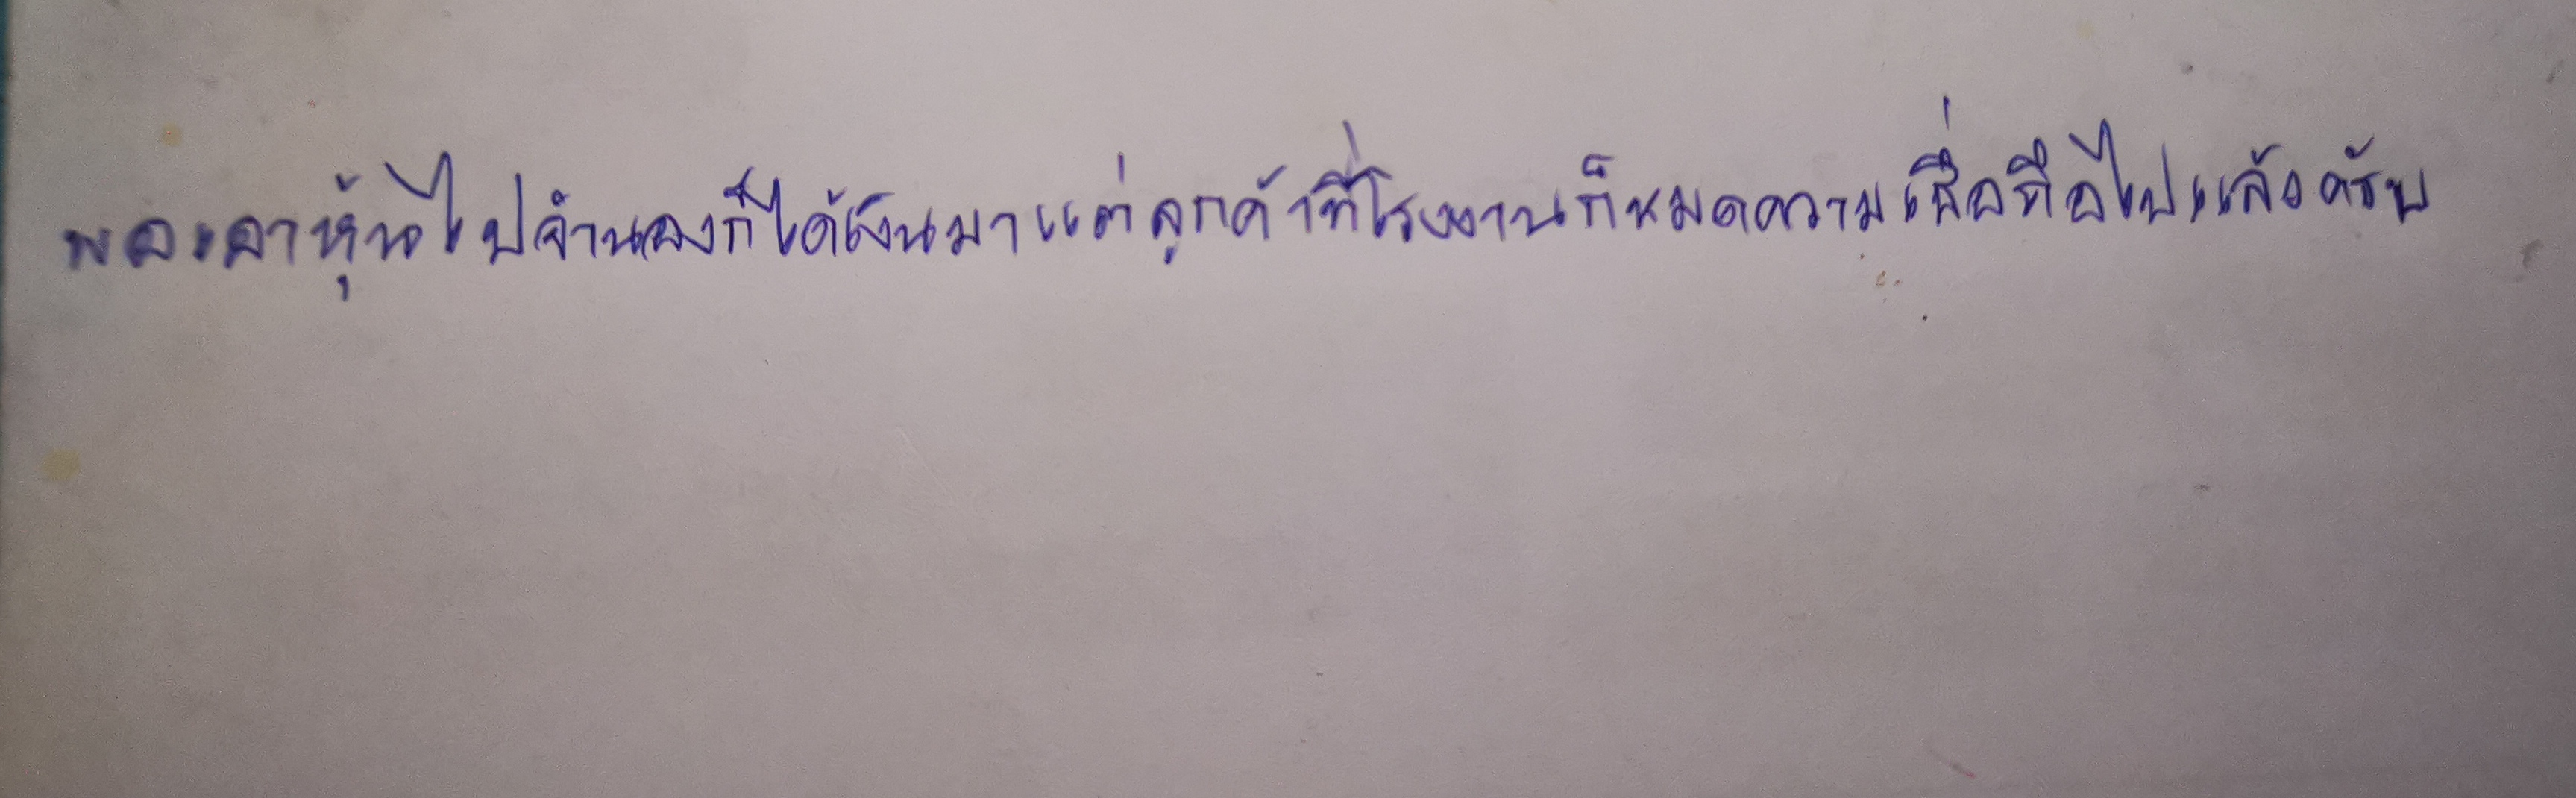
"พอเอาหุ้นไปจำนองก็ได้เงินมาแต่ลูกค้าที่โรงงานก็หมดความเชื่อถือไปแล้วครับ